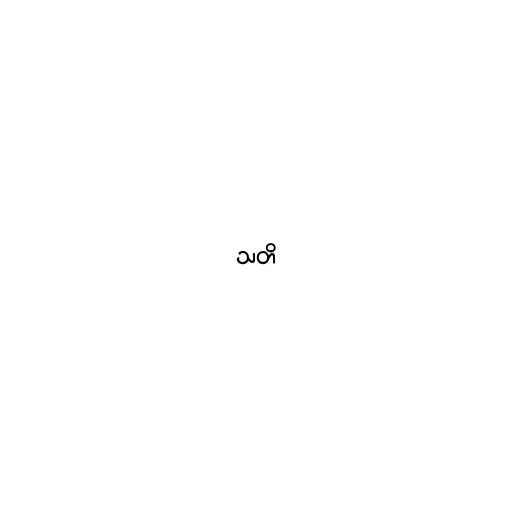
သတိ